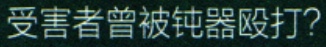
受害者曾被钝器殴打？